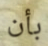
بأن